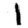
Digit: 1